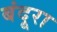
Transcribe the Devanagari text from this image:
बंदूरा